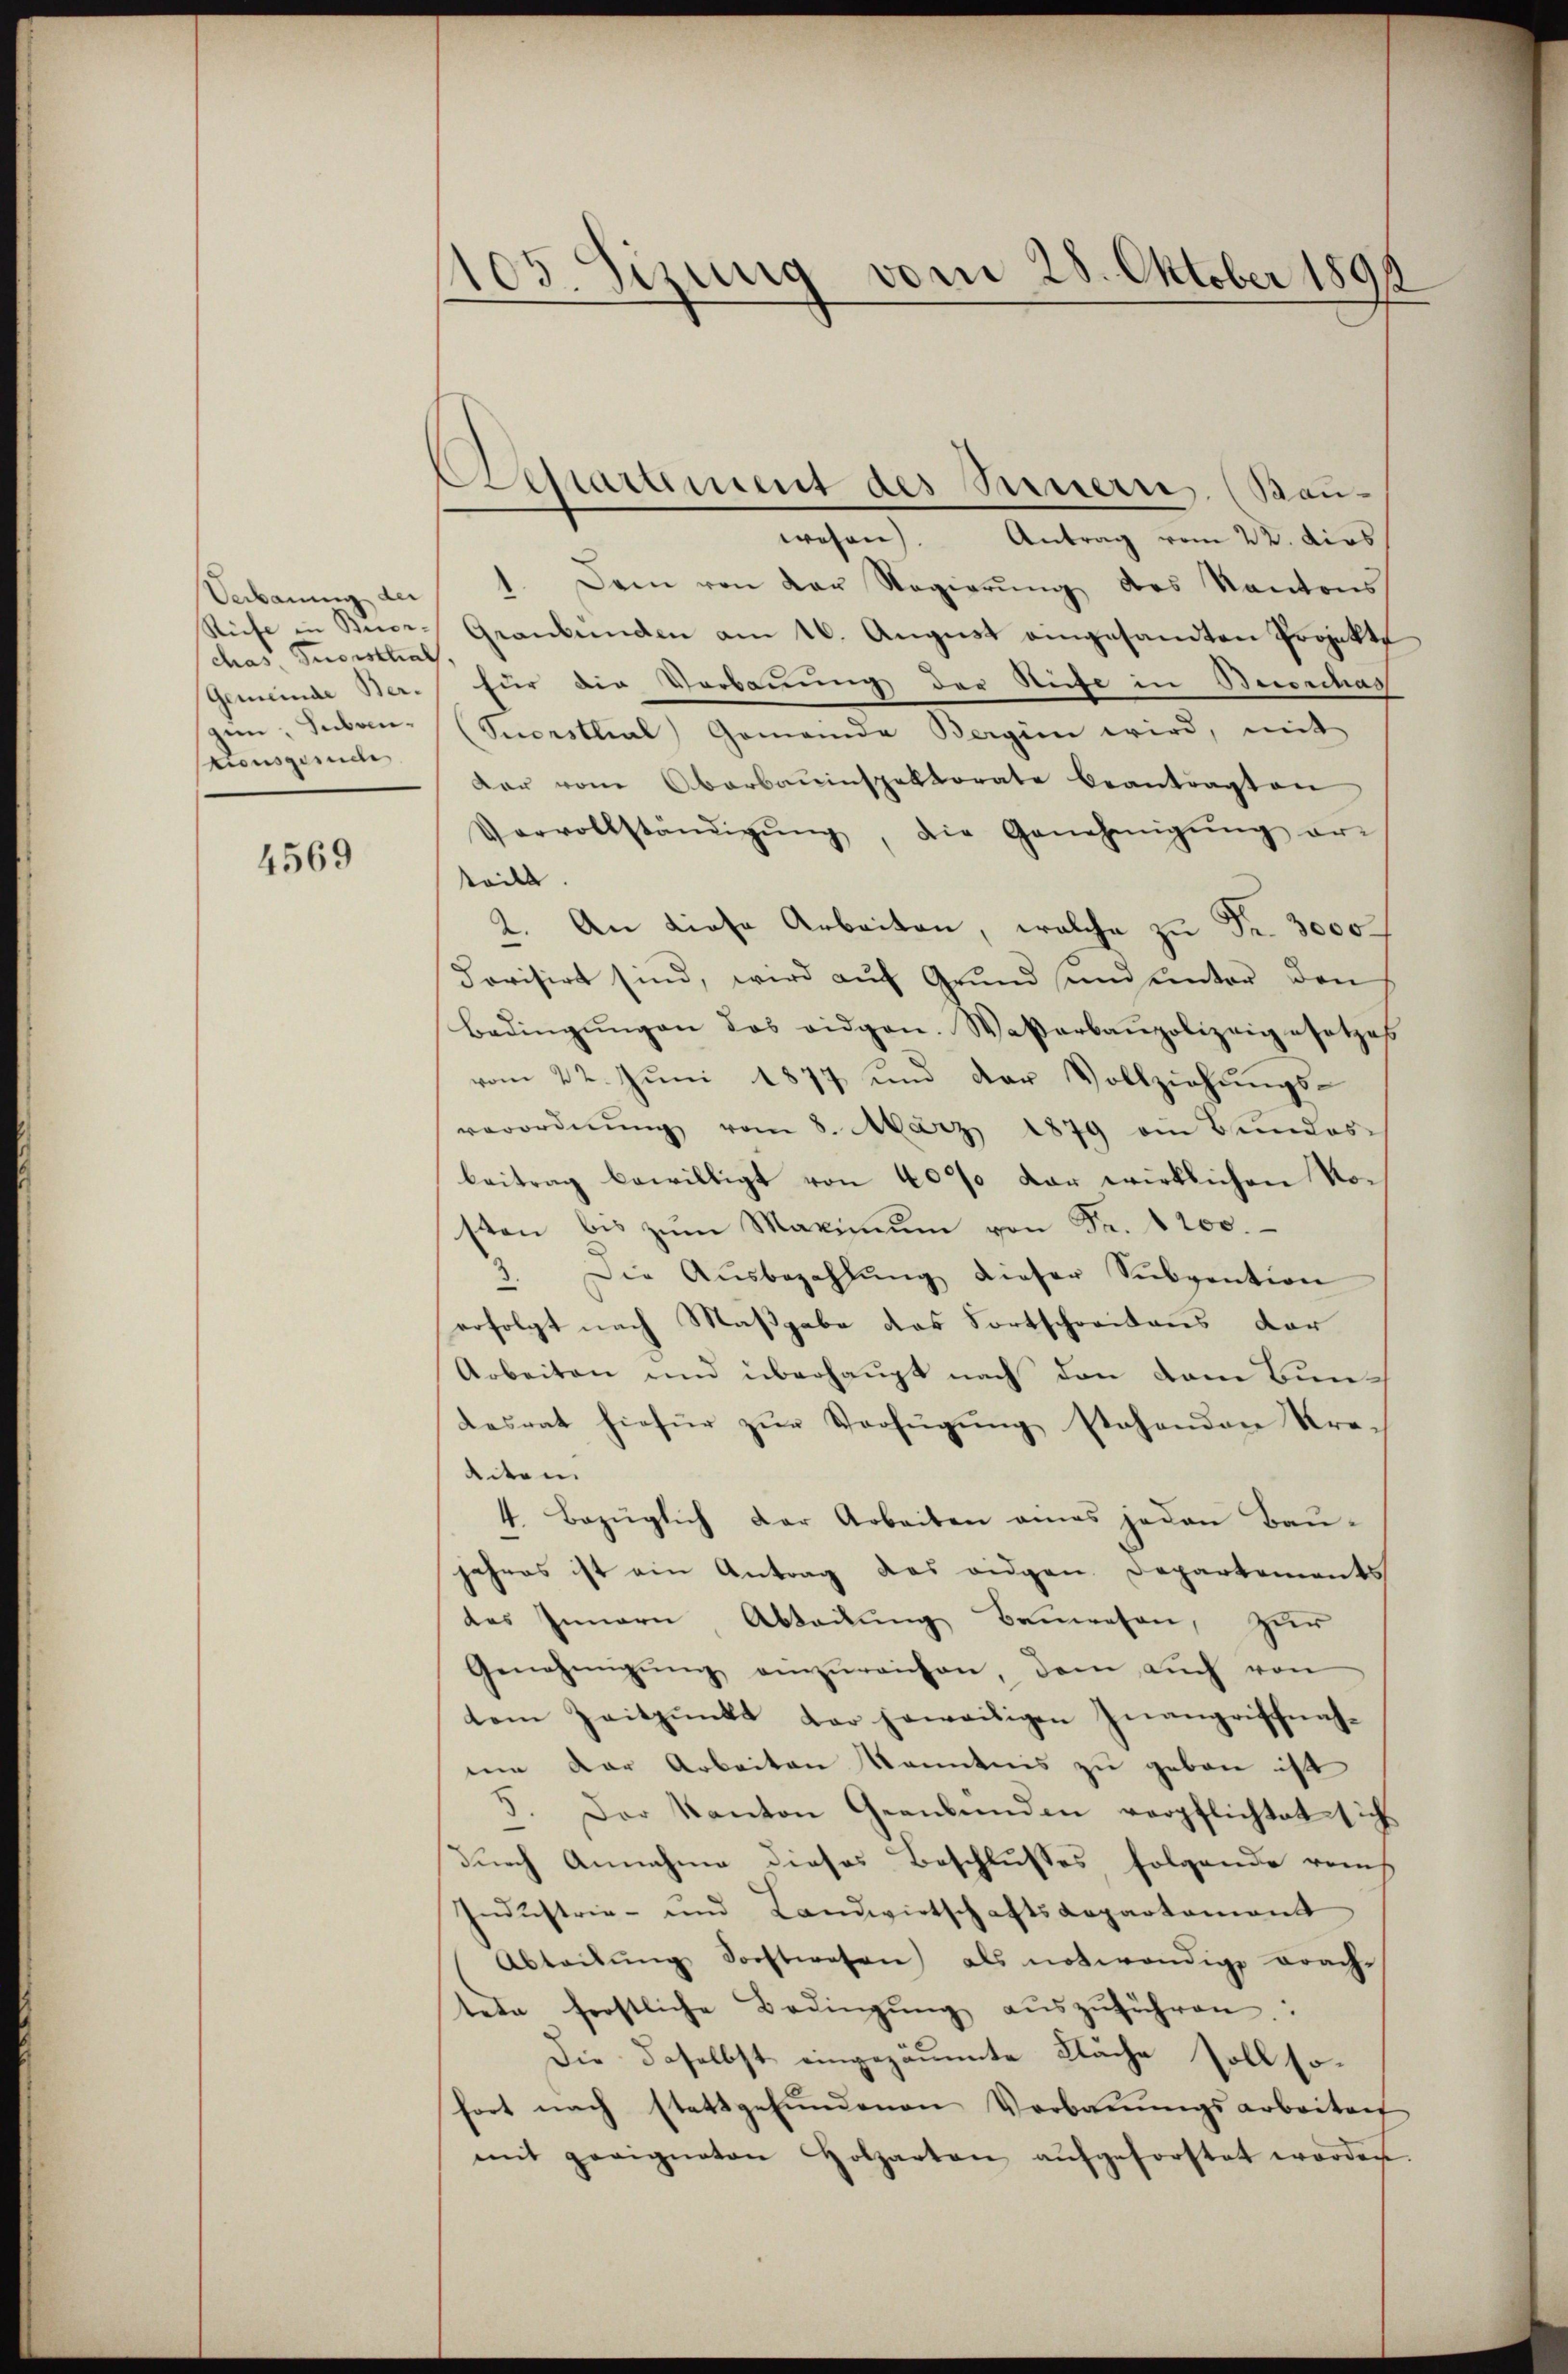
Verbauung der
Siche in Buor,
chas Tuorsthal
Gemeinde Ber-
zien, Subven-
tionsgesuche

4569

105. Sizung vom 25. Oktober 1891

Achartement des Seinern. (Bau¬

wesen). Antrag vom 22. dies
1. Dem von der Regierŭng des Kantons
Graubünden am 16. August eingesandten Projekt
für die Verbauung der Rufe in Beronchas
Tuorstlial, Gemeinde Bergien wird, mit
dar vom Oberbauinspektorate beantragten
Vervollständigŭng, die Genehmigŭng er-
teilt
2. An diese Arbeiten, welche zu Fr. 3000
dovisirt sind, wird auf Grund und unter den
Bedingŭngen das eidgen. Waßerbaupolizeigesetzes
vom 22. Juni 1877 und der Vollziehungs-
verordnŭng vom 8. März 1879 am Bundes-
beitrag bewilligt von 40% der wirklichen Nosten bis zŭm Maximŭm von Fr. 1200.
3. Die Aŭsbezahlŭng dieser Sŭbvention
erfolgt nach Maßgabe des Fortschreitens der
Arbeiten und überhaupt nach den vom Bun¬
Lesrat hiefür zŭr Verfügŭng stehenden Kre-
eiten.
4. Bezüglich der Arbeiten eines jeden Baujahres ist ein Antrag des eidgen. Departements
des Innern Abteilung Bauwesen, zur
Genehmigŭng einzŭreichen, dem aŭch von
tem Zeitpunkt der jeweiligen Inangriffnahme der Arbeiten Kenntnis zu geben ist
3. Der Kanton Gernbunden verpflichtet sich
durch Annahme dieses Beschlusses, folgende reis
Industrie- und Landwirtschaftsdepartement
Abteilŭng Forstwesen als notwendige Brachtete forstliche Bedingŭng aŭszŭführen.
Die daselbst eingezäumte Fläche soll sofort nach stattgefŭndenen Vorbauungsarbeiten
mit geeigneten Holzarten aŭfgeforstet worden.